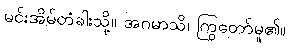
မင်းအိမ်တံခါးသို့။ အဂမာသိ၊ ကြွတော်မူ၏။